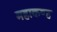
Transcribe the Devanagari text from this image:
महाकण्ह